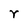
Character: r